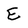
Character: E